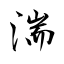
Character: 湍